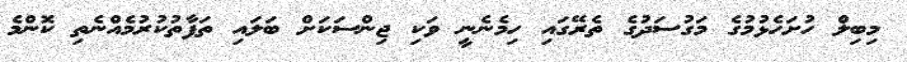
މިބިލް ހުށަހެޅުމުގެ މަގުސަދުގެ ތެރޭގައި ހިމެނެނީ ވަކި ޖިންސަކަށް ބަލައި ތަފާތުކުރުމެއްނެތި ކޮންމެ